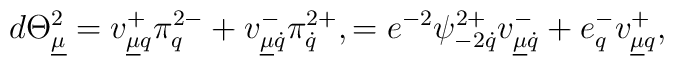
d\Theta^2_{\underline\mu}=v^{+}_{\underline\mu q}\pi^{2-}_q+v^{-}_{\underline\mu\dot q}\pi^{2+}_{\dot q},=e^{-2}\psi^{2+}_{-2\dot q}v^-_{\underline\mu\dot q}+e^-_qv^{+}_{\underline\mu q},